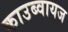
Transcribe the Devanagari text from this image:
काउब्वायज